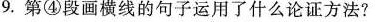
9.第④段画横线的句子运用了什么论证方法?